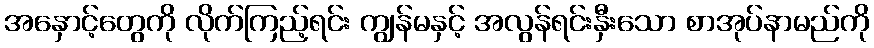
အနှောင့်တွေကို လိုက်ကြည့်ရင်း ကျွန်မနှင့် အလွန်ရင်းနှီးသော စာအုပ်နာမည်ကို